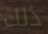
ذلك